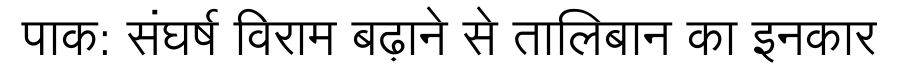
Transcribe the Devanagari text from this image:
पाक: संघर्ष विराम बढ़ाने से तालिबान का इनकार